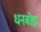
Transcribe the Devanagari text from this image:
धनबोड़ा